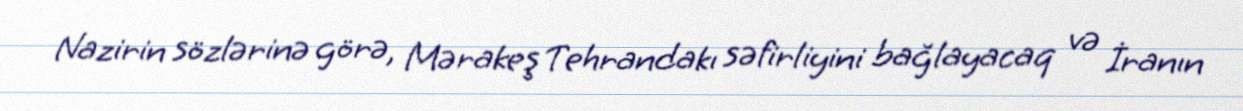
Nazirin sözlərinə görə, Mərakeş Tehrandakı səfirliyini bağlayacaq və İranın